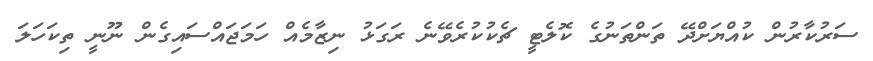
ސަރުކާރުން ކުއްޔަށްދޭ ތަންތަނުގެ ކޮލެޓީ ޗެކުކުރެވޭނެ ރަގަޅު ނިޒާމެއް ހަމަޖައްސައިގެން ނޫނީ ތިކަހަލަ